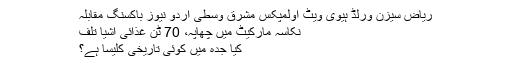
ریاض سیزن ورلڈ ہیوی ویٹ اولمپکس مشرق وسطی اردو نیوز باکسنگ مقابلہ
نکاسہ مارکیٹ میں چھاپہ، 70 ٹن غذائی اشیا تلف
کیا جدہ میں کوئی تاریخی کلیسا ہے؟